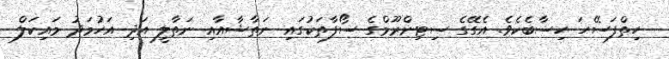
ހިތްފަސޭހަ ހިސާބެކެވެ. އެގޭގެ ސިޓިންރޫމްގެ ސޯފާތަކުގައި ނަތާޝާއާއި ނަތާލީ އަދި އަހުމަދު މައިކަލް